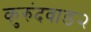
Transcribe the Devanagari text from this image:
कुरुंदवाड२